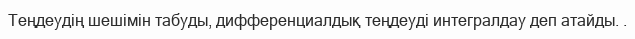
Теңдеудің шешімін табуды, дифференциалдық теңдеуді интегралдау деп атайды. .